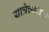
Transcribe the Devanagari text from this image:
यात्रेच्यावेळी